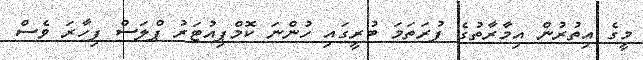
މީގެ އިތުރުން އިމާރާތުގެ ފުރަތަމަ ބުރީގައި ހުންނަ ކޮމްޕިއުޓަރު ޕްލަސް ފިހާރަ ވެސް